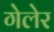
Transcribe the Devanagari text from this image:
गेलेर